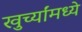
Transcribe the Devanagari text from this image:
खुर्च्यांमध्ये